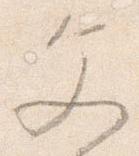
文